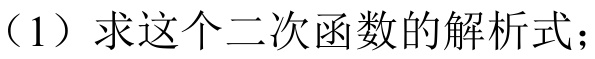
（1）求这个二次函数的解析式；